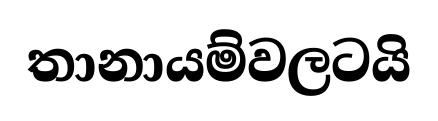
තානායම්වලටයි